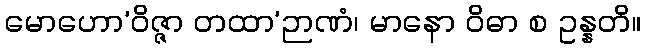
မောဟော’ဝိဇ္ဇာ တထာ’ဉာဏံ၊ မာနော ဝိဓာ စ ဥန္နတိ။